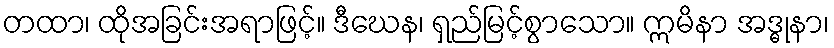
တထာ၊ ထိုအခြင်းအရာဖြင့်။ ဒီဃေန၊ ရှည်မြင့်စွာသော။ ဣမိနာ အဒ္ဓုနာ၊